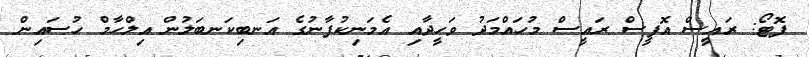
ފޮޓޯ: ރައީސް އޮފީސް ރައީސް މުހައްމަދު ވަހީދާއި އެމަނިކުފާނުގެ އަނބިކަނބަލުން އިލްހާމް ހުސައިން